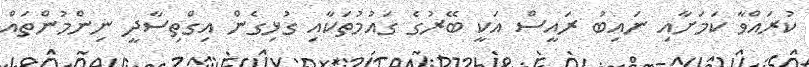
ކުރައްވާ ކަމަށާއި ނައިބު ރައީސް އަކީ ބޭރުގެ ގައުމުތަކާއި ގުޅިގެން އިގްތިސާދީ ނިންމުންތައް